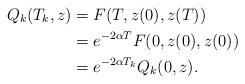
LaTeX: \begin{align*}Q_k(T_{k},z)&=F(T,z(0),z(T))\\&= e^{-2\alpha T} F(0,z(0),z(0))\\& =e^{-2\alpha T_k}Q_k(0,z).\end{align*}